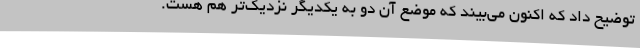
توضیح داد که اکنون می‌بیند که موضع آن دو به یکدیگر نزدیک‌تر هم هست.